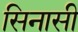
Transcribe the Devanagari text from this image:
सिनासी